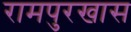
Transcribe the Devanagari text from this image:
रामपुरखास